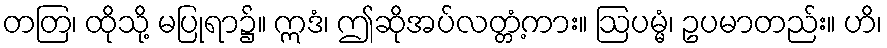
တတြ၊ ထိုသို့ မပြုရာ၌။ ဣဒံ၊ ဤဆိုအပ်လတ္တံ့ကား။ ဩပမ္မံ၊ ဥပမာတည်း။ ဟိ၊